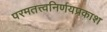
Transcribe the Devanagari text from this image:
परमतत्त्वनिर्णयप्रकाश